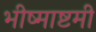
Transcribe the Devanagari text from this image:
भीष्माष्टमी